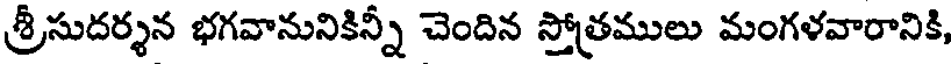
శ్రీసుదర్శన భగవానునికిన్నీ చెందిన స్తోత్రములు మంగళవారానికి,